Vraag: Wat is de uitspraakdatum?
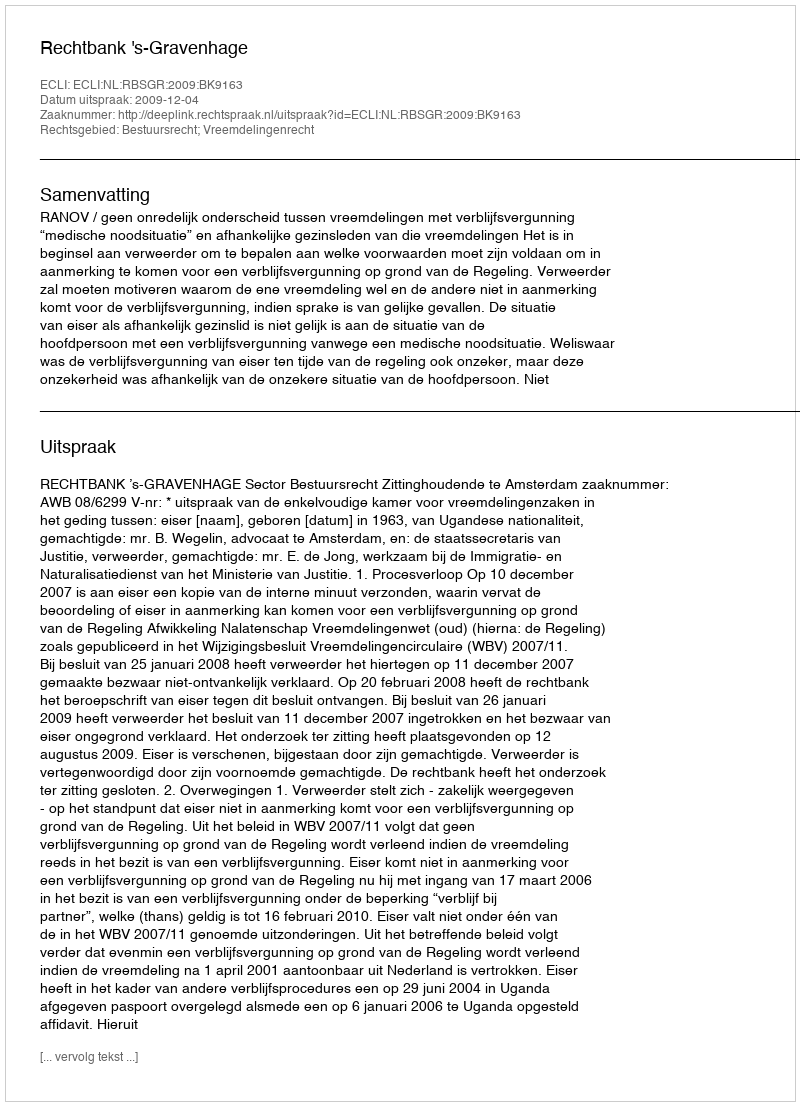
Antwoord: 2009-12-04